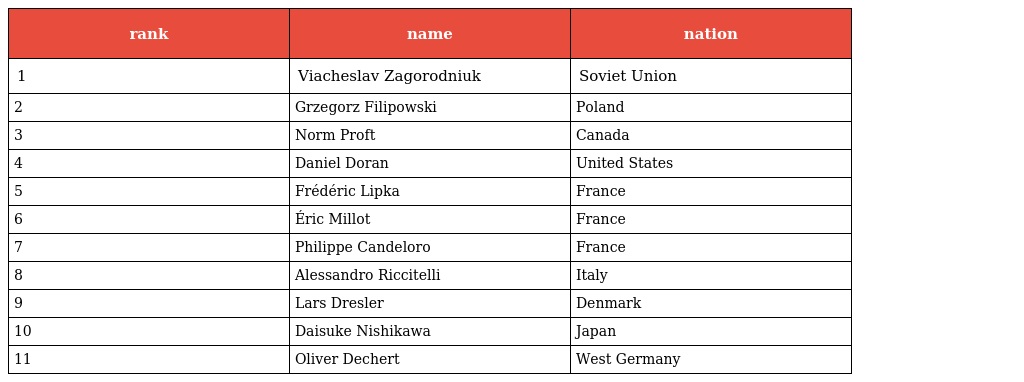
| rank | name | nation |
 | --- | --- | --- |
 | 1 | Viacheslav Zagorodniuk | Soviet Union |
 | 2 | Grzegorz Filipowski | Poland |
 | 3 | Norm Proft | Canada |
 | 4 | Daniel Doran | United States |
 | 5 | Frédéric Lipka | France |
 | 6 | Éric Millot | France |
 | 7 | Philippe Candeloro | France |
 | 8 | Alessandro Riccitelli | Italy |
 | 9 | Lars Dresler | Denmark |
 | 10 | Daisuke Nishikawa | Japan |
 | 11 | Oliver Dechert | West Germany |